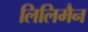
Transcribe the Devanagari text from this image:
लिलिमैन